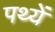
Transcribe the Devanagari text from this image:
पथ्यें